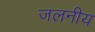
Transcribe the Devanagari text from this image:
जलनीय